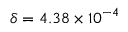
\delta = 4 . 3 8 \times 1 0 ^ { - 4 }